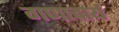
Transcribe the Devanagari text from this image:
गणाचार्य